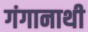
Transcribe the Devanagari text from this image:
गंगानाथी